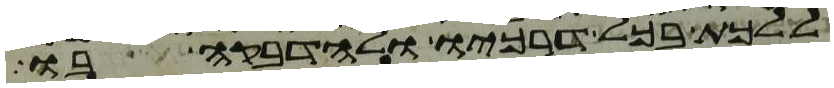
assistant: ללכת בכל דרכיו ולהדבקה בו